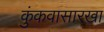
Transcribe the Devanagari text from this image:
कुंकवासारखा